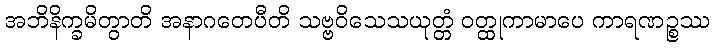
အဘိနိက္ခမိတွာတိ အနာဂတေပီတိ သဗ္ဗဝိသေသယုတ္တံ ဝတ္ထုကာမာပေ ကာရဏဉ္စဿ